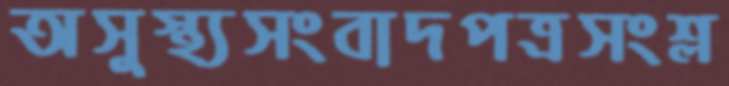
অসুস্থ্যসংবাদপত্রসংশ্ল